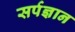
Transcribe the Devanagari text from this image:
सर्पज्ञान